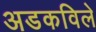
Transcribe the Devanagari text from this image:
अडकविले